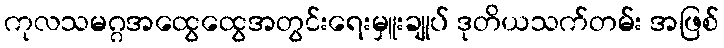
ကုလသမဂ္ဂအထွေထွေအတွင်းရေးမှူးချုပ် ဒုတိယသက်တမ်း အဖြစ်